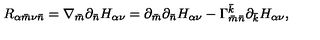
R _ { \alpha { \bar { m } } \nu { \bar { n } } } = \nabla _ { \bar { m } } \partial _ { \bar { n } } H _ { \alpha \nu } = \partial _ { \bar { m } } \partial _ { \bar { n } } H _ { \alpha \nu } - \Gamma _ { \bar { m } \bar { n } } ^ { \bar { k } } \partial _ { \bar { k } } H _ { \alpha \nu } ,